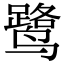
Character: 鹭